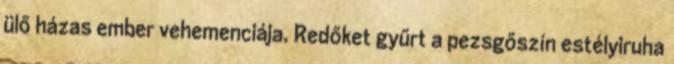
ülő házas ember vehemenciája. Redőket gyűrt a pezsgőszín estélyiruha